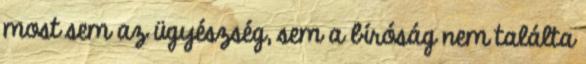
most sem az ügyészség, sem a bíróság nem találta